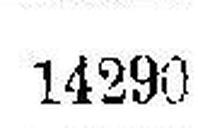
14290